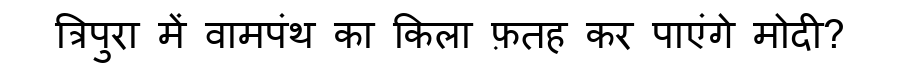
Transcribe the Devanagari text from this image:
त्रिपुरा में वामपंथ का किला फ़तह कर पाएंगे मोदी?